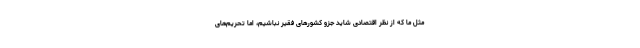
مثل ما که از نظر اقتصادی شاید جزو کشور‌های فقیر نباشیم، اما تحریم‌های